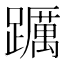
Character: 𨇆